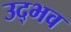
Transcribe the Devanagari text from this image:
उद्‌भव